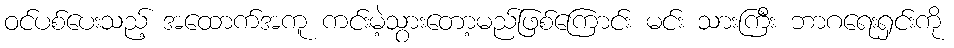
ဝင်ပစ်ပေးသည့် အထောက်အကူ ကင်းမဲ့သွားတော့မည်ဖြစ်ကြောင်း မင်း သားကြီး ဘာဂရေးရှင်းကို